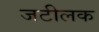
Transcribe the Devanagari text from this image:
जटीलक